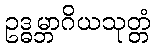
ဥဒ္ဓမ္ဘာဂိယသုတ္တံ